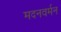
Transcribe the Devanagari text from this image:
मदनवर्मन